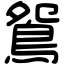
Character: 鴛